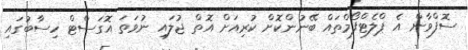
ސޮފްވާން އެ ޕްލެޓްފޯމްތައް ބޭނުންކޮށް ކުރިއަށް އޮތް ޖުލައި ނުވަތަ އޮގަސްޓް ހިސާބުގައި